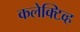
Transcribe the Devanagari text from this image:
कलेक्टिव्ह